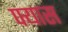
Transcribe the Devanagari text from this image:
फ्यास